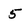
Character: 5